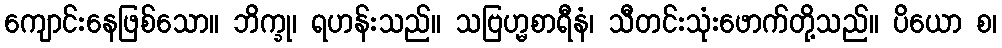
ကျောင်းနေဖြစ်သော။ ဘိက္ခု၊ ရဟန်းသည်။ သဗြဟ္မစာရီနံ၊ သီတင်းသုံးဖောက်တို့သည်။ ပိယော စ၊